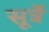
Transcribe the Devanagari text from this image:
सूर्त्रे